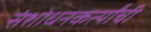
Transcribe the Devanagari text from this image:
संशोधनकर्त्यांची